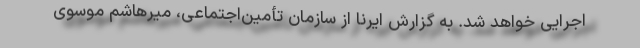
اجرایی خواهد شد. به گزارش ایرنا از سازمان تأمین‌اجتماعی، میرهاشم موسوی